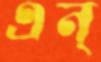
এন্